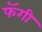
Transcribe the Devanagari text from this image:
फॅगी